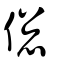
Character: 偬